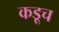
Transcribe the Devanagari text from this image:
कडूच